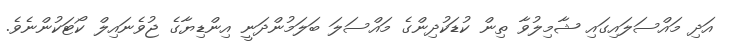
އަދި މައްސަލައިގައި ޝާމިލުވާ ތިން ކުޑަކުދިންގެ މައްސަލަ ބަލަމުންދަނީ އިންޑިޔާގެ ޖުވެނައިލް ކޯޓަކުންނެވެ.